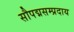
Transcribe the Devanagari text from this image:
सौपद्मसम्प्रदाय